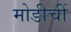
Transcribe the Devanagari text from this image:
मोडीचीं